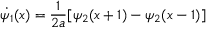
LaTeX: \dot { \psi _ { 1 } } ( x ) = \frac { 1 } { 2 a } [ \psi _ { 2 } ( x + 1 ) - \psi _ { 2 } ( x - 1 ) ]